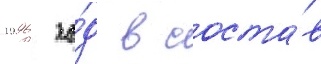
1996 го́д в соста́в